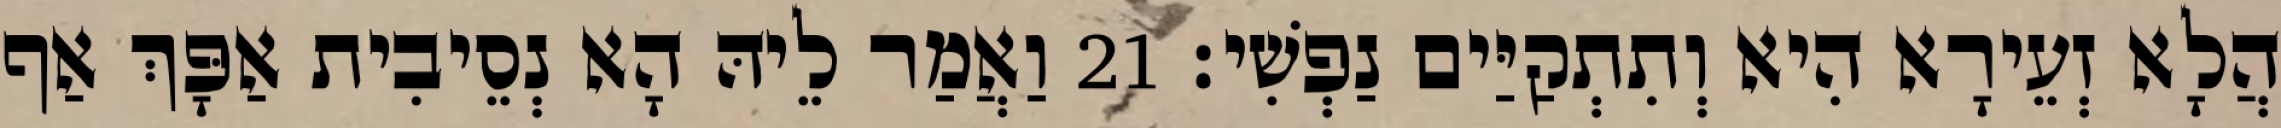
הֲלָא זְעֵירָא הִיא וְתִתְקַיַּים נַפְשִׁי׃ 21 וַאֲמַר לֵיהּ הָא נְסֵיבִית אַפָּךְ אַף